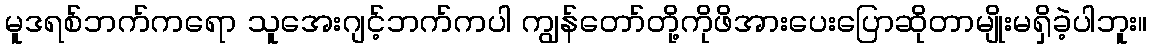
မူဒရစ်ဘက်ကရော သူအေးဂျင့်ဘက်ကပါ ကျွန်တော်တို့ကိုဖိအားပေးပြောဆိုတာမျိုးမရှိခဲ့ပါဘူး။